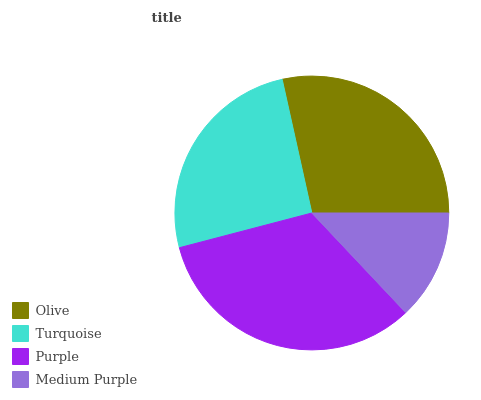
| Olive | Turquoise | Purple | Medium Purple |
 | --- | --- | --- | --- |
 | 28.5% | 25.6% | 32.9% | 13% |